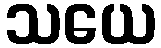
သယေ